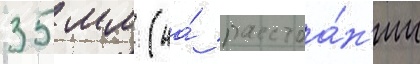
35 мм (на́ расстоа́н'ии